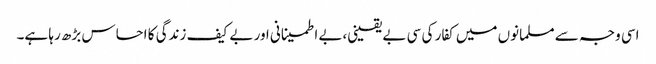
اسی وجہ سے مسلمانوں میں کفار کی سی بے یقینی،بے اطمینانی اور بے کیف زندگی کا احساس بڑھ رہا ہے۔